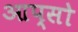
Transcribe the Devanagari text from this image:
आप्सो